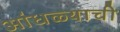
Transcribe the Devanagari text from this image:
आंधळ्याची